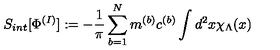
S _ { i n t } [ \Phi ^ { ( I ) } ] : = - \frac { 1 } { \pi } \sum _ { b = 1 } ^ { N } m ^ { ( b ) } c ^ { ( b ) } \int d ^ { 2 } x \chi _ { \Lambda } ( x )